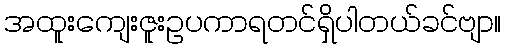
အထူးကျေးဇူးဥပကာရတင်ရှိပါတယ်ခင်ဗျာ။